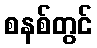
စနစ်တွင်